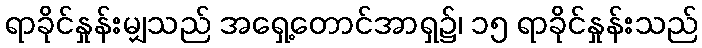
ရာခိုင်နှုန်းမျှသည် အရှေ့တောင်အာရှ၌၊ ၁၅ ရာခိုင်နှုန်းသည်